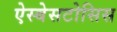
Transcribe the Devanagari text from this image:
ऐस्बेसटोसिस